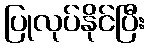
ပြုလုပ်နိုင်ပြီး